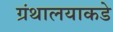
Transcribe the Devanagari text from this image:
ग्रंथालयाकडे